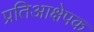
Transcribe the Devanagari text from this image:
प्रतिआक्षेपक